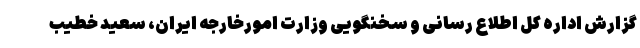
گزارش اداره کل اطلاع رسانی و سخنگویی وزارت امورخارجه ایران، سعید خطیب